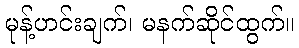
မုန့်ဟင်းချက်၊ မနက်ဆိုင်ထွက်။